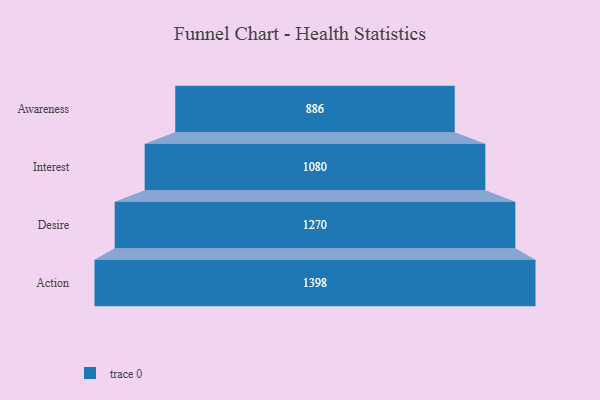
{"axis": {"x": "Stage", "y": "Value"}, "legend": [""], "data": [{"x": "Awareness", "y": 886.0, "type": ""}, {"x": "Interest", "y": 1080.0, "type": ""}, {"x": "Desire", "y": 1270.0, "type": ""}, {"x": "Action", "y": 1398.0, "type": ""}]}